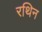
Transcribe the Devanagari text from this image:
रथिन